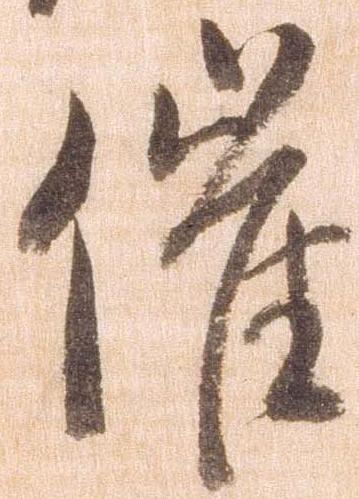
催